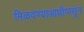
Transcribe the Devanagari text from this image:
मिळवण्याआधीपासून